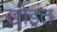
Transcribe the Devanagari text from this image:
ख़ोइत